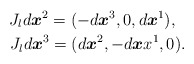
\begin{align*}J_{l}d\boldsymbol{x}^{2}=(-d\boldsymbol{x}^{3},0,d\boldsymbol{x}^{1}),\;\ \\ \ \;J_{l}d\boldsymbol{x}^{3}=(d\boldsymbol{x}^{2},-d\boldsymbol{x}x^{1},0).\end{align*}